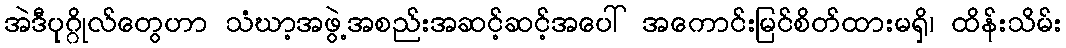
အဲဒီပုဂ္ဂိုလ်တွေဟာ သံဃာ့အဖွဲ့အစည်းအဆင့်ဆင့်အပေါ် အကောင်းမြင်စိတ်ထားမရှိ၊ ထိန်းသိမ်း